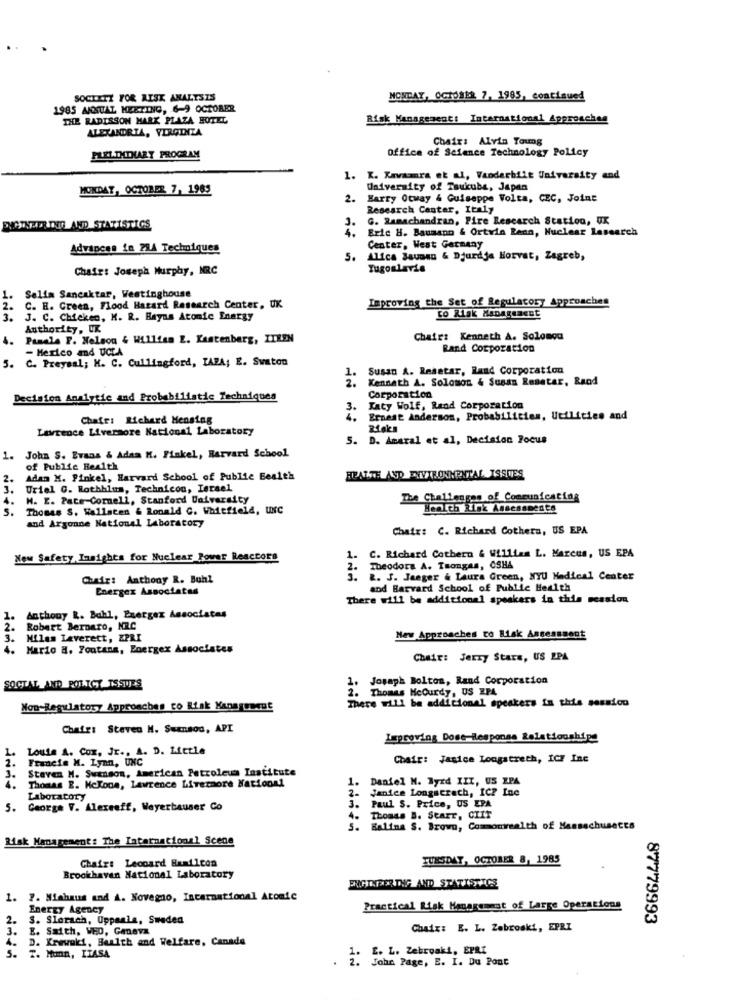
SOCIETY FOR RISK ANALYSIS
MONDAY, OCTOBER 7, 1985, continued
1985 ANNUAL MEETING, 6-9 OCTORER
THE RADISSON MARK PLAZA HOTEL
Risk Management: International Approaches
ALEXANDRIA, VIRGINIA
Chair: Alvin Young
Office of Science Technology Policy
FLEITHINARY PROGRAM
1. K. Kavara et al, Vanderbilt University and
MONDAY, OCTOBER 7, 1985
University of Tsukuba, Japan
2.
Harry Otway & Guiseppe Volta, CEC, Joine
Research Center, Italy
3.
G. Ramachandran, Fire Research Station, UX
DICTATEUR DIG AND STATISTICS
4.
Erie H. Baumann & Ortwin Renn, Nuclear Research
Advances in P14 Techniques
Center, West Germany
5.
Alica Jaunsn & Djurdje Horvat, Zagreb,
Chair: Joseph Murphy, NRC
Yugoslavia
Selia Sancaktar, Westinghouse
Improving the Set of Regulatory Approaches
C. H. Green, Flood Hasard Research Center, UK
to Risk Management
3. J. C. Chicken, K. R. Hayas Atomic Energy
Authority, UK
4.
Paasla F. Nelson & William E. Kastenberg, ITREN
Chair: Kenneth A. Solomou
- Mexico and UCCA
Rand Corporation
3. C. Preysal; H. C. Cullingford, TAPA; E. Swaton
Susan A. Resetar, Rand Corporation
Kenneth A. Solomon 4 Susan Resetar, Rand
Decision Analytic and Probabilistic Techniques
Corporation
3.
Katy Wolf, Rand Corporation
Chair: Richard Hensing
Ernest Anderson, Probabilities, Utilities and
Lawrence Livermore National Laboratory
Risks
5. D. Amaral et al, Decision Focus
1.
John S. Evans & Adaa M. Finkel, Harvard School
of Public Health
2.
Adam X. Finkel, Harvard School of Public Bealth
HEALTH AND FIVIRONMENTAL ISSUES
3.
Uriel G. Rothhlum, Technicon, Israel
M. E. Pate-Cornell, Stanford University
The Challenges of Communicating
S.
Thomas S. Wallacen & Ronald C. Whitfield, UNc
Health Risk Assessments
and Argonne National Laboratory
Chair: C. Richard Cothers, US EPA
New Safety Insights for Nuclear Power Reactors
. C. Richard Cothern & William L. Marcus, US EPA
2. Theodora A. Tsongas, OSHA
Chair: Anthony R. Buhl
3.
R. J. Jaeger & Laura Green, NYU Medical Center
Energex Associates
and Harvard School of Public Health
There will be additional speakers in this session
1.
Anthony R. Bahl, Emerger Associates
Robert Bernaro, NRC
3.
Milas Leverett, EPRI
New Approaches to Risk Assessment
4. Mario a. Fontana, Energex Associates
Chair: Jerzy Stars, US EPA
Joseph Bolton, Rand Corporation
SOCIAL AND POLICY ISSUES
Thomas MeCurdy, US EP4
There will be additional speakers in this session
Non-Regulatory Approaches to Risk Management
Chair: Steven H. Swanson, API
Improving Dose-Response Relationshipe
Louie A. Cox, Jr ., A. D. Little
2.
Francie M. Lynn, UNC
Chair: Jasice Longstreth, ICH Inc
Staven M. Swanson, American Petroleum Institute
3.
1.
Daniel N. Byrd XII, US EPA
4.
Thomas E. Mclone, Lawrence Livermore Nationnl
2.
Janice Longscrath, IC? Ine
Laboratory
5. George V. Alexseff, Weyerbauser Go
3.
Paul S. Price, US EPA
4. Thomas B. Starr, CIIT
5.
Balina S. Brown, Commonwealth of Massachusetts
Risk Management: The International Scene
Chair: Leopard Hamilton
TUESDAY, OCTOBER 8, 1985
Brookhaven National Laboratory
FRIGTAPER ING AND STATISTICS
1.
?. Michaus and A. Novegno, International Atomic
Energy Agency
Practical Risk Management of Large Operations
2.
S. Slerach, Uppsala, Sweden
87779993
3.
E. Saith, VED, Geneva
Chair: E. L. Zabroski, EPRI
D. Krewaki, Health and Welfare, Canada
E. L. Zebroaki, EPRI
T. Munn, ITASA
. 1.
John Page, E. I. Du Pont